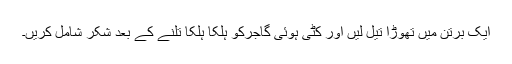
ایک برتن میں تھوڑا تیل لیں اور کٹی ہوئی گاجرکو ہلکا ہلکا تلنے کے بعد شکر شامل کریں۔